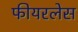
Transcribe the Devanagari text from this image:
फीयरलेस